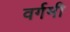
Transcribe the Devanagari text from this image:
वर्गमी